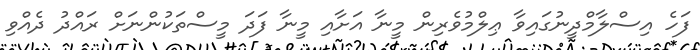
ފަހެ އިސްލާމްދީނުގައިވާ ޢިލްމުވެރިން މީނާ އަށާއި މީނާ ފަދަ މީސްތަކުންނަށް ރައްދު ދެއްވި